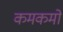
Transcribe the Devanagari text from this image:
कमकमों